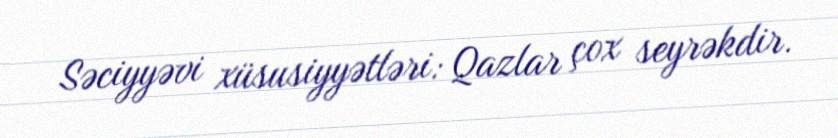
Səciyyəvi xüsusiyyətləri: Qazlar çox seyrəkdir.